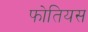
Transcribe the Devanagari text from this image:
फोतियस